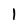
Character: l